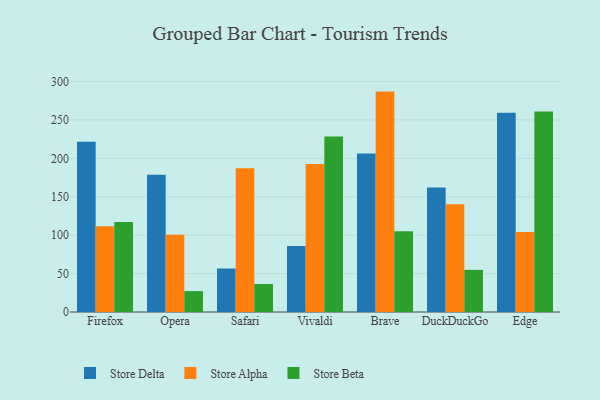
{"axis": {"x": "Browser", "y": "Conversion Rate (%)"}, "legend": ["Store Alpha", "Store Beta", "Store Delta"], "data": [{"x": "Firefox", "y": 221.7, "type": "Store Delta"}, {"x": "Firefox", "y": 111.6, "type": "Store Alpha"}, {"x": "Firefox", "y": 117.2, "type": "Store Beta"}, {"x": "Opera", "y": 178.6, "type": "Store Delta"}, {"x": "Opera", "y": 100.5, "type": "Store Alpha"}, {"x": "Opera", "y": 27.2, "type": "Store Beta"}, {"x": "Safari", "y": 56.6, "type": "Store Delta"}, {"x": "Safari", "y": 187.2, "type": "Store Alpha"}, {"x": "Safari", "y": 36.4, "type": "Store Beta"}, {"x": "Vivaldi", "y": 85.9, "type": "Store Delta"}, {"x": "Vivaldi", "y": 192.5, "type": "Store Alpha"}, {"x": "Vivaldi", "y": 228.6, "type": "Store Beta"}, {"x": "Brave", "y": 206.4, "type": "Store Delta"}, {"x": "Brave", "y": 286.9, "type": "Store Alpha"}, {"x": "Brave", "y": 105.1, "type": "Store Beta"}, {"x": "DuckDuckGo", "y": 162.2, "type": "Store Delta"}, {"x": "DuckDuckGo", "y": 140.3, "type": "Store Alpha"}, {"x": "DuckDuckGo", "y": 54.8, "type": "Store Beta"}, {"x": "Edge", "y": 259.5, "type": "Store Delta"}, {"x": "Edge", "y": 104.2, "type": "Store Alpha"}, {"x": "Edge", "y": 261.1, "type": "Store Beta"}]}